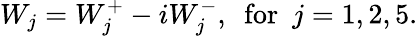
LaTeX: W_{j}=W_{j}^{+}-iW_{j}^{-},~~\mathrm{for}~~j=1,2,5.